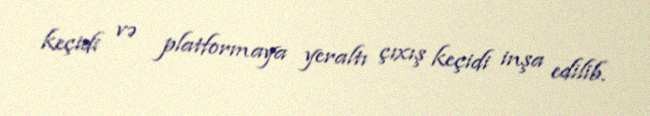
keçidi və platformaya yeraltı çıxış keçidi inşa edilib.